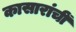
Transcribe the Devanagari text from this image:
कासारांचीं